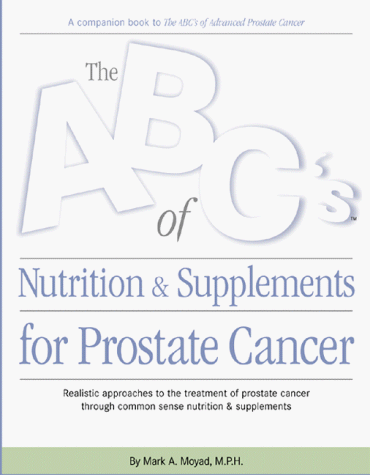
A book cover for ABC's of Nutrition and Supplements for Prostate Cancer; Mark A. Moyad; Health, Fitness & Dieting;